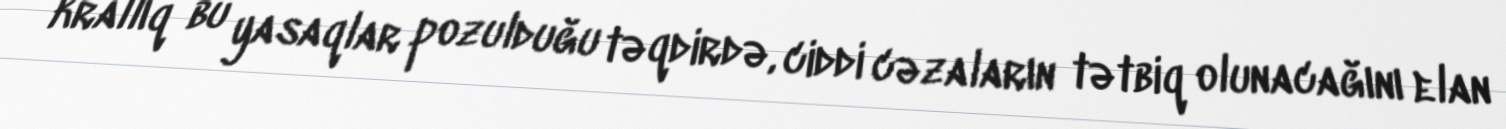
krallıq bu yasaqlar pozulduğu təqdirdə, ciddi cəzaların tətbiq olunacağını elan